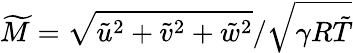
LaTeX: \widetilde{M}=\sqrt{\tilde{u}^{2}+\tilde{v}^{2}+\tilde{w}^{2}}/\sqrt{\gamma R\tilde{T}}